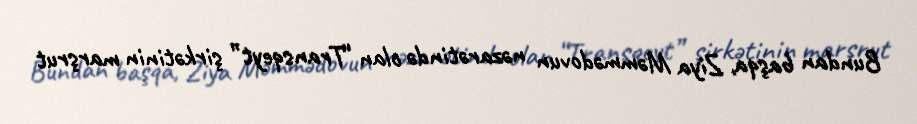
Bundan başqa, Ziya Məmmədovun nəzarətində olan “Transqeyt” şirkətinin marşrut